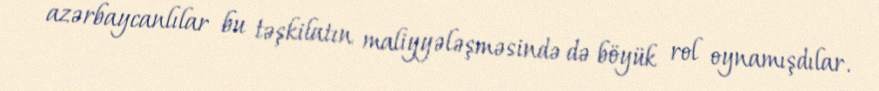
azərbaycanlılar bu təşkilatın maliyyələşməsində də böyük rol oynamışdılar.